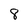
Character: 8